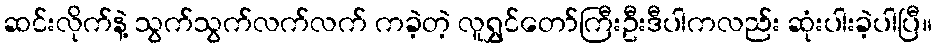
ဆင်းလိုက်နဲ့ သွက်သွက်လက်လက် ကခဲ့တဲ့ လူရွှင်တော်ကြီးဦးဒီပါကလည်း ဆုံးပါးခဲ့ပါပြီ။